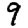
Digit: 9